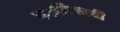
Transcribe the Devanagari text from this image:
स्फटिकाची